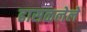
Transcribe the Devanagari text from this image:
ढासळलेले